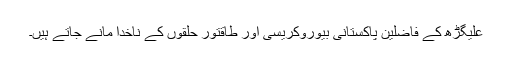
علیگڑھ کے فاضلین پاکستانی بیوروکریسی اور طاقتور حلقوں کے ناخدا مانے جاتے ہیں۔